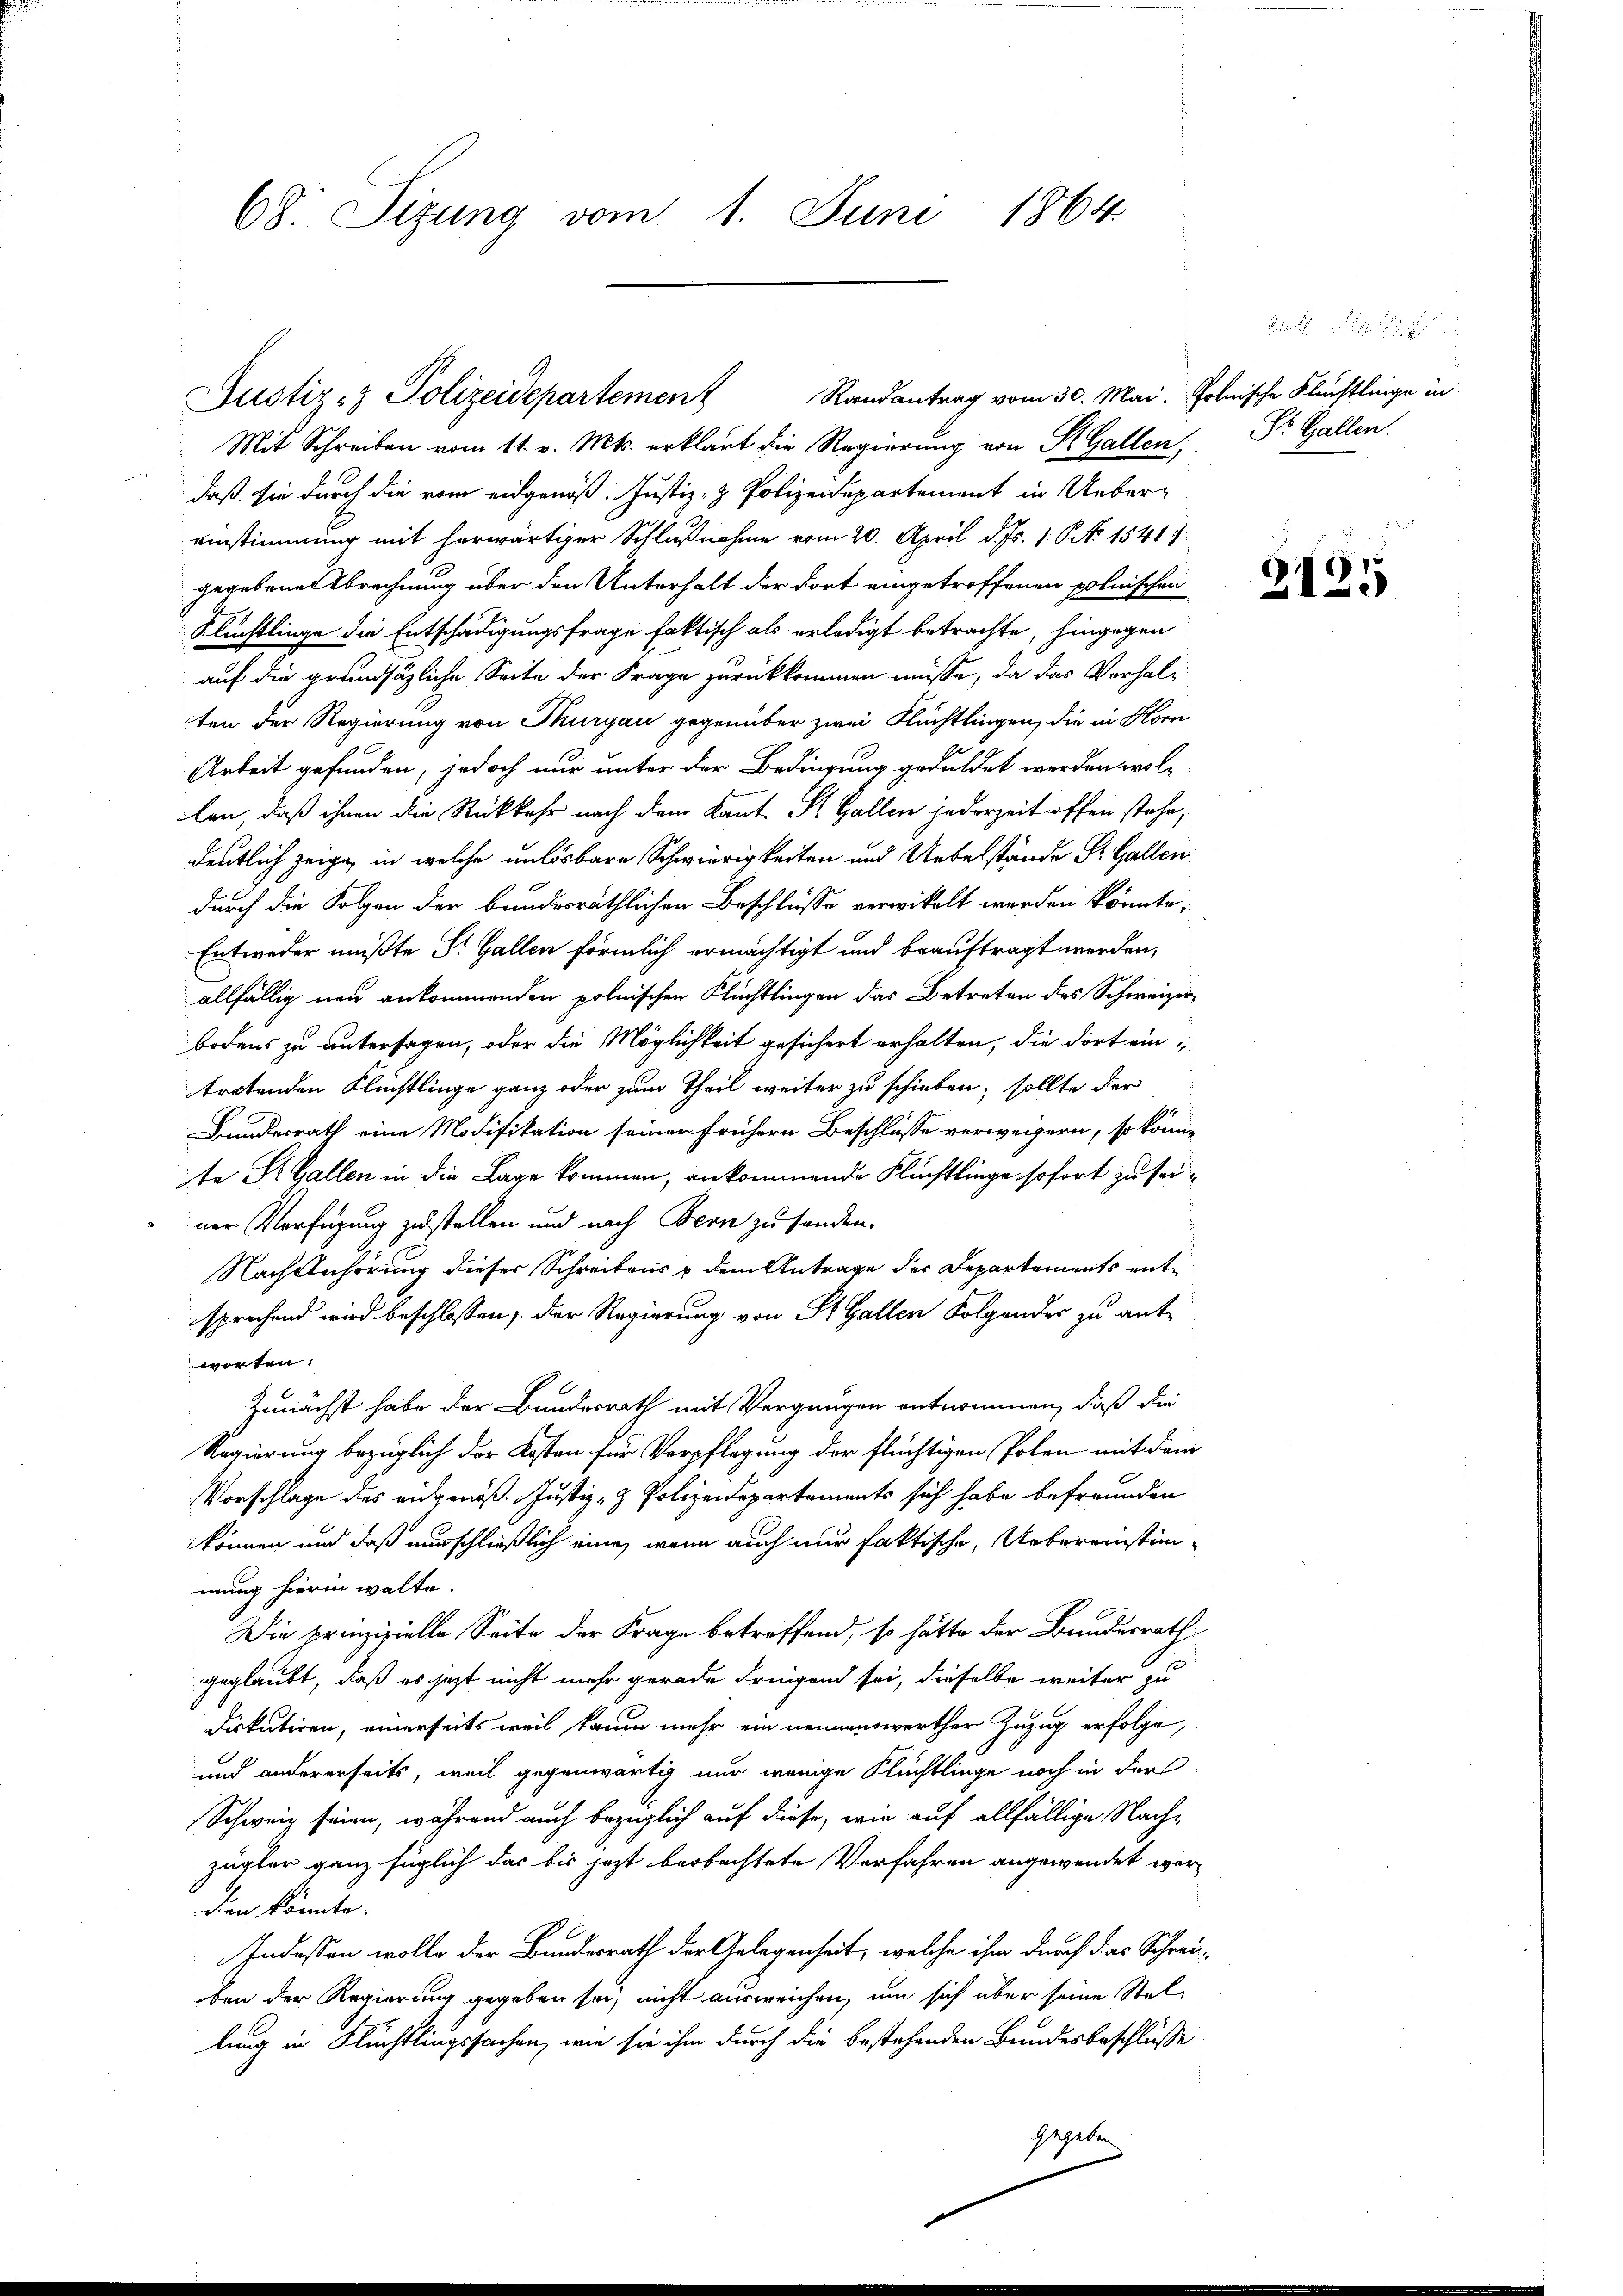
68. Sizung vom 1. Juni 1864

Mit Schreiben vom 11. v. Mts. erklärt die Regierung von R. Gallen, Dr. Gallen.
daß sie durch die vom eidgenöß. Justiz- & Polizeidepartement in Uebereinstimmung mit herwärtiger Schlußnahme vom 20. April d. Js. 1. P. No 1541
gegebene Abrechnung über den Unterhalt der dort eingetroffenen polnischen
Flüchtlinge die Entschädigungsfrage faktisch als erledigt betrachte, hingegen
auf die grundsätzliche Seite der Frage zurückkommen müsse, da das Vorhalten der Regierung von Thurgau gegenüber zwei Flüchtlingen, die in Horn
Arbeit gefunden, jedoch nur unter der Bedingung geduldet werden woll
lan, daß ihnen die Rückkehr nach dem Kant. St. Gallen jederzeit offen stehe,
deutlich zeige, in welche unlösbare Schwierigkeiten und Uebelstände St. Gallen
durch die Folgen der bundesräthlichen Beschlüsse verwikelt werden könnte,
Entweder müßte Sr. Gallen förmlich ermächtigt und beauftragt werden,
allfällig neu ankommenden polnischen Flüchtlingen das Betreten des Schweizerbodens zu untersagen, oder die Möglichkeit gesichert erhalten, die dort eintretenden Flüchtlinge ganz oder zum Theil weiter zu schieben; sollte der
Bundesrath eine Modifikation seiner frühern Beschlüsse verweisern, so könne
te St. Gallen in die Lage kommen, ankommende Flüchtlinge sofort zu seiner Verfügung zustellen und nach Bern zu fanden.
Nach Anhörung dieser Schreibens & dem Antrage der Departements entsprechend wird beschlossen, der Regierung von St. Gallen Folgender zu ant-
worten:
Zunächst habe der Bundesrath mit Vergnügen entnommen, daß die
Regierung bezüglich der Kosten für Verpflegung der flüchtigen Polen mit dem
Vorschlage des ausgenöß. Justiz- & Polizeidepartements sich habe befreunden
können und daß nur schließlich eine, wenn auch nur faktische, Uebereinstimmung hierin walte.
Die prinzipielle Seite der Frage betreffend, so hätte der Bundesrath
geglaubt, daß es jezt nicht mehr gerade dringend sei, dieselbe weiter zu
Diskutiren, einerseits weil kaum mehr ein nennenswerther Zuzug erfolge,
und andererseits, weil gegenwärtig nur wenige Flüchtlinge noch in der
Schweiz seien, während auch bezüglich auf diese, wie auf allfällige Nachzügler ganz füglich das bis jetzt beobachtete Verfahren angewendet worden könnte.
Indessen wolle der Bundesrath der Gelegenheit, welche ihm durch das Schreiben der Regierung gegeben sei, nicht ausweichen, um sich über seine Stellung in Flüchtlingssachen, wie sie ihm durch die bestehenden Bundesbeschlüsse
gegeben

Justiz- & Polizeidepartement Randantrag vom 30. Mai. Polnische Flüchtlinge in

2125